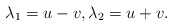
\begin{align*}\lambda_1=u-v,\lambda_2=u+v.\end{align*}